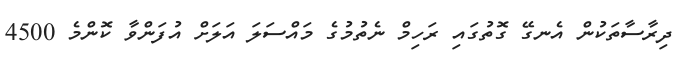
ދިރާސާތަކުން އެނގޭ ގޮތުގައި ރަހިމް ނެތުމުގެ މައްސަލަ އަލަށް އުފަންވާ ކޮންމެ 4500